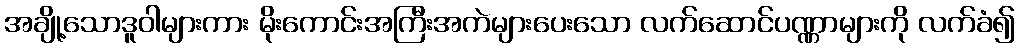
အချို့သောဒူဝါများကား မိုးကောင်းအကြီးအကဲများပေးသော လက်ဆောင်ပဏ္ဏာများကို လက်ခံ၍